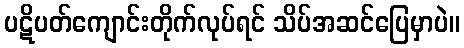
ပဋိပတ်ကျောင်းတိုက်လုပ်ရင် သိပ်အဆင်ပြေမှာပဲ။